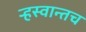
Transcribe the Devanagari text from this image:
ऱ्हस्वान्तच